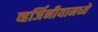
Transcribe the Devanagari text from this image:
व्हर्जिनीयामध्ये